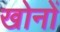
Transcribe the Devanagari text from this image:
खोनों